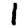
Digit: 1